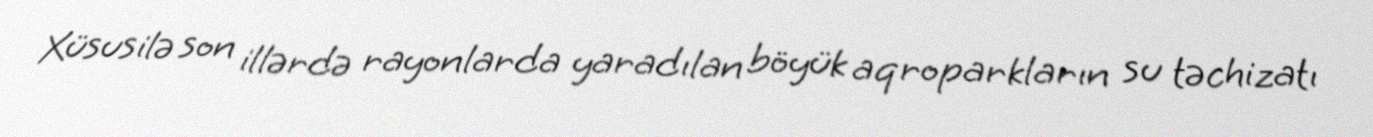
Xüsusilə son illərdə rayonlarda yaradılan böyük aqroparkların su təchizatı